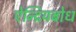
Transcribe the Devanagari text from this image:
ऐन्द्रियबोध